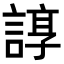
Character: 𧩽